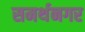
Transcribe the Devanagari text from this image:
समर्थनगर